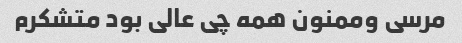
مرسی وممنون همه چی عالی بود متشکرم